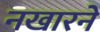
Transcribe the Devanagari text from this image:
नखारने